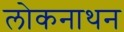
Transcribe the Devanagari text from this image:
लोकनाथन